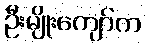
ဦးမျိုးကျော်က